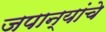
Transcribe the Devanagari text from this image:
जपान्यांचे